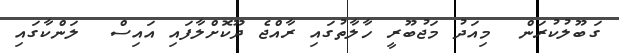
ގަބޫލުކުރަން  މިއަދު މަޖުބޫރީ ހާލާތުގައި ރާއްޖެ ދޫކޮށްލާފައި އައިސް  ލަންކާގައި